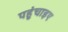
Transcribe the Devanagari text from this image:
पहुंचाइए